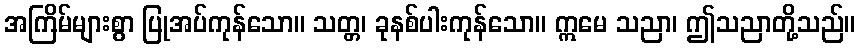
အကြိမ်များစွာ ပြုအပ်ကုန်သော။ သတ္တ၊ ခုနစ်ပါးကုန်သော။ ဣမေ သညာ၊ ဤသညာတို့သည်။